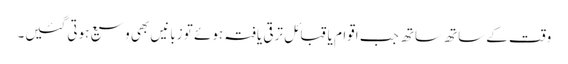
وقت کے ساتھ ساتھ جب اقوام یا قبائل ترقی یافتہ ہوئے تو زبانیں بھی وسیع ہوتی گئیں۔